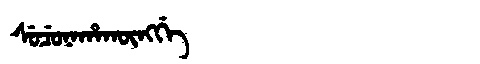
Manchu: ᠰᡠᠴᡠᠨᠠᡥᠠᡴᡡᠩᡤᡝ
Romanization: SUCUNAHAKŪNGGE